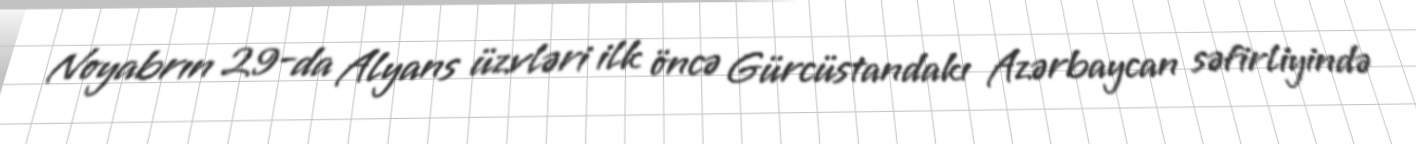
Noyabrın 29-da Alyans üzvləri ilk öncə Gürcüstandakı Azərbaycan səfirliyində